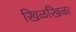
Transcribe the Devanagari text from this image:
खिळखिळा